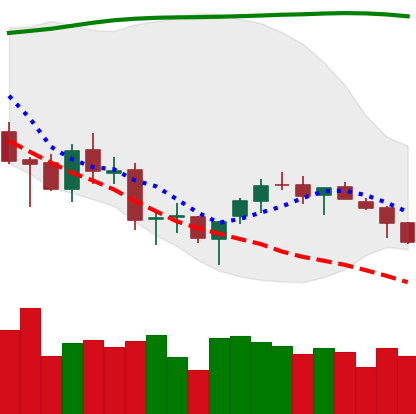
Ticker: BTC-USD
Chart end date: 2018-03-27
Forward return: -12.624%
Label: down_7plus